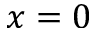
x = 0